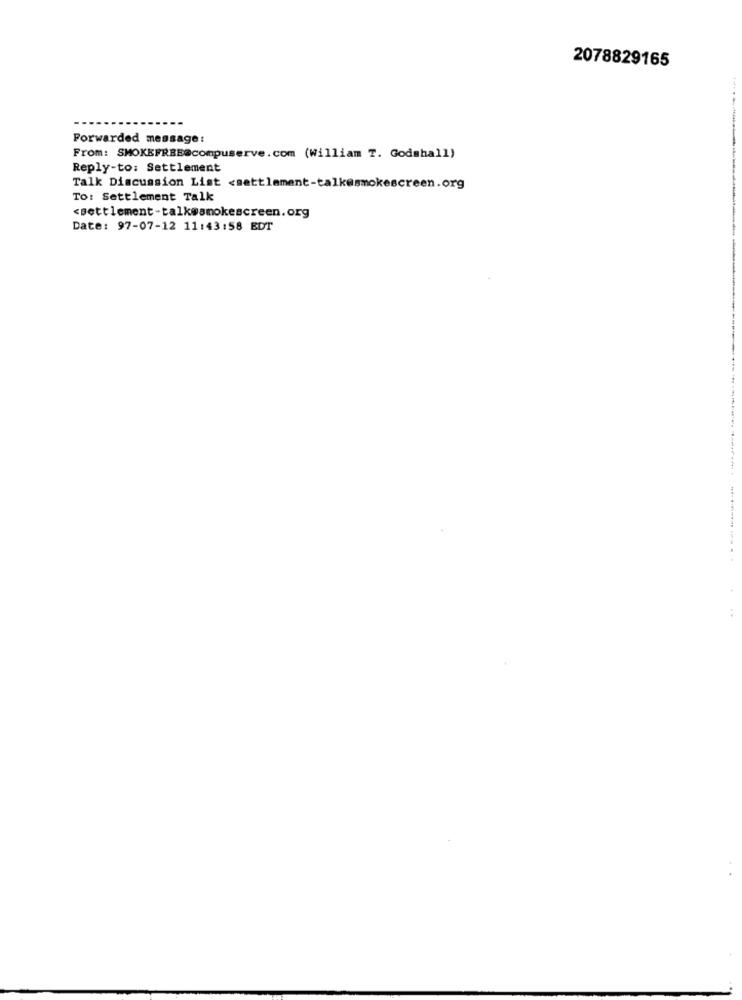
2078829165
Forwarded message:
From: SMOKEFREE@compuserve.com (William T. Godmhall)
Reply-to: Settlement
Talk Discussion List <settlement-talk@smokescreen.org
To: Settlement Talk
<settlement-talk@smokescreen.org
Date: 97-07-12 11:43:58 EDT